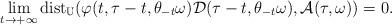
LaTeX: \begin{align*}\lim_{t\to+\infty}\mathrm{dist}_{\mathbb{U}}(\varphi(t,\tau-t,\theta_{-t}\omega)\mathcal{D}(\tau-t,\theta_{-t}\omega),\mathcal{A}(\tau,\omega))=0.\end{align*}